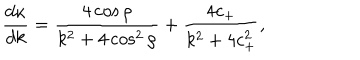
\frac { d \kappa } { d k } = \frac { 4 \cos \rho } { k ^ { 2 } + 4 \cos ^ { 2 } \rho } + \frac { 4 c _ { + } } { k ^ { 2 } + 4 c _ { + } ^ { 2 } } ,